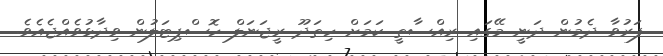
ފަރުވާ ދެމުން ދަނީ މޭގައި ރިއްސާތީ ކަމަށް ހިތަދޫ ރީޖަނަލް ހޮސްޕިޓަލުން ވިދާޅުވެއްޖެއެވެ.